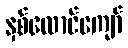
နှစ်ထောင်ကျော်